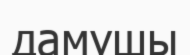
дамушы